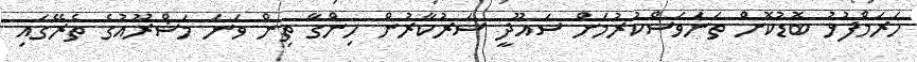
ހަރަމްފުޅު ބޮޑުކޮށް ތަނަވަސްކުރުމަށް ސައޫދީ ސަރުކާރުން ހިންގާ ތިން ވަނަ މަޝްރޫއުގެ ތެރޭގައި